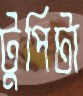
টুপিটা